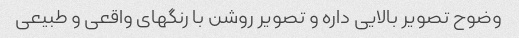
وضوح تصویر بالایی داره و تصویر روشن با رنگهای واقعی و طبیعی